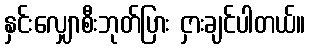
နှင်းလျှောစီးဘုတ်ပြား ငှားချင်ပါတယ်။